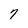
Character: 7